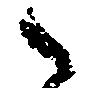
之